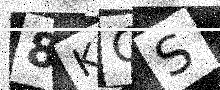
Text: 8KQS